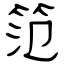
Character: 笵